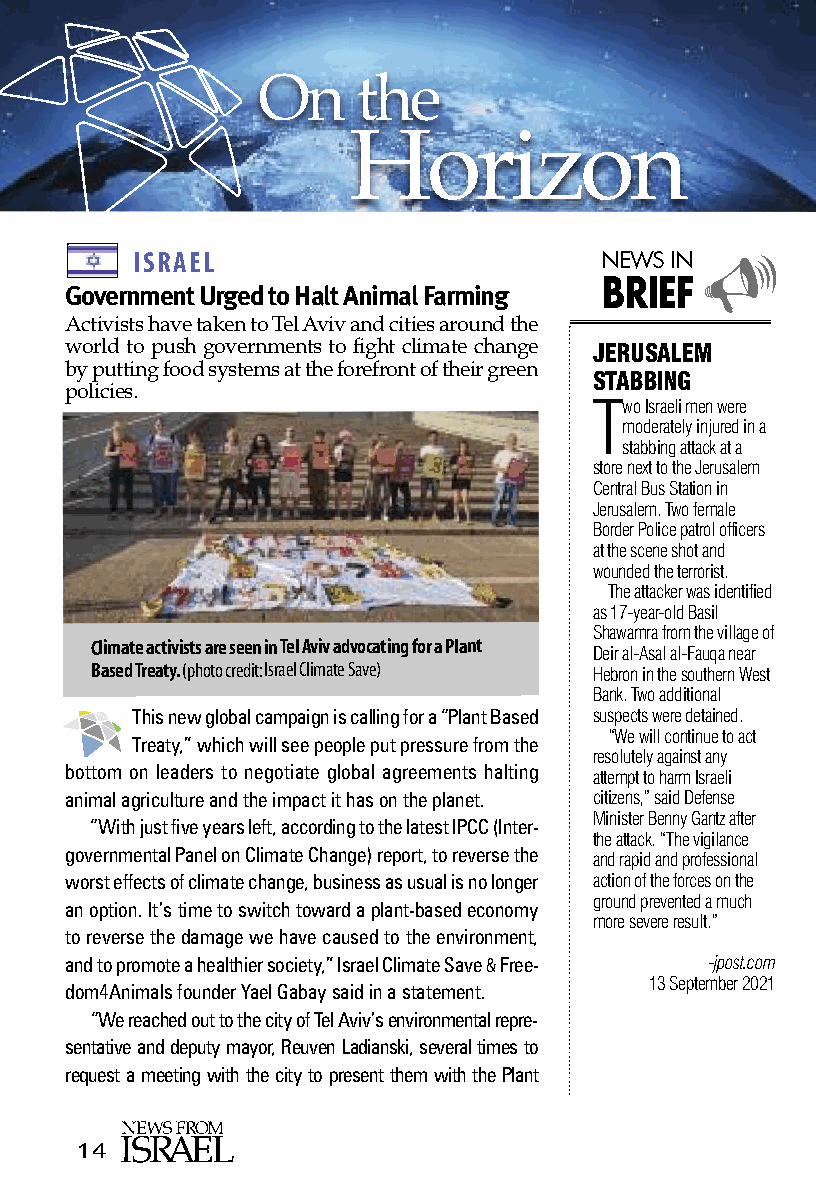
On     the
 Horizon
 ISRAEL                         NEWS IN
 
 BRIEF
 Government Urged to Halt Animal Farming
 Activists have taken to Tel Aviv and cities around the
 world to push governments to fight climate change JERUSALEM
 by putting food systems at the forefront of their green STABBING
 policies.                          Two Israeli men were
 moderately injured in a
 stabbing attack at a
 store next to the Jerusalem
 Central Bus Station in
 Jerusalem. Two female
 Border Police patrol officers
 at the scene shot and
 wounded the terrorist.
 The attacker was identified
 as 17-year-old Basil
 Shawamra from the village of
 Climate activists are seen in Tel Aviv advocating for a Plant
 Deir al-Asal al-Fauqa near
 Based Treaty. (photo credit: Israel Climate Save) Hebron in the southern West
 Bank. Two additional
 This new global campaign is calling for a “Plant Based suspects were detained.
 “We will continue to act
 Treaty,” which will see people put pressure from the
 resolutely against any
 bottom on leaders to negotiate global agreements halting attempt to harm Israeli
 animal agriculture and the impact it has on the planet. citizens,” said Defense
 Minister Benny Gantz after
 “With just five years left, according to the latest IPCC (Inter-
 the attack. “The vigilance
 governmental Panel on Climate Change) report, to reverse the and rapid and professional
 worst effects of climate change, business as usual is no longer action of the forces on the
 ground prevented a much
 an option. It’s time to switch toward a plant-based economy
 more severe result.”
 to reverse the damage we have caused to the environment,
 and to promote a healthier society,” Israel Climate Save &Free- -jpost.com
 13 September 2021
 dom4Animals founder Yael Gabay said in a statement.
 “We reached out to the city of Tel Aviv’s environmental repre-
 sentative and deputy mayor, Reuven Ladianski, several times to
 request a meeting with the city to present them with the Plant
 14